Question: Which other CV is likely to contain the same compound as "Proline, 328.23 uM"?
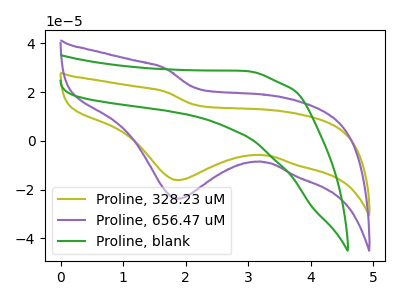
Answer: <think>The olive curve "Proline, 328.23 uM" has a cathodic peak at: (1.85V, -16.10uA). The purple curve "Proline, 656.47 uM" has a cathodic peak at: (1.85V, -23.75uA). The green curve "Proline, blank" has no peaks.
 All the peaks in "Proline, 328.23 uM" have a peak in "Proline, 656.47 uM" at the same potential. Every peak in "Proline, 328.23 uM" is lower than every peak in "Proline, 656.47 uM". "Proline, 328.23 uM" and "Proline, blank" have a different number of peaks. "Proline, 656.47 uM" and "Proline, blank" have a different number of peaks.</think>
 <answer>The CV with the most similar shape to "Proline, 656.47 uM" is "Proline, 328.23 uM".</answer>
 <eval>"Proline, 328.23 uM"</eval>